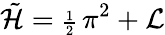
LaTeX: {\tilde{{\cal H}}}={\scriptstyle\frac{1}{2}}\, \pi^{2}+{\cal L}